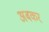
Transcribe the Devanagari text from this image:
अबकर